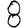
Digit: 8